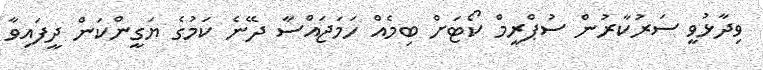
ވިދާޅުވީ ސަރުކާރުން ސުޕްރީމް ކޯޓަށް ބިމެއް ހަމަޖައްސާ ދޭނެ ކަމުގެ ޔަގީންކަން ދީފައިވާ